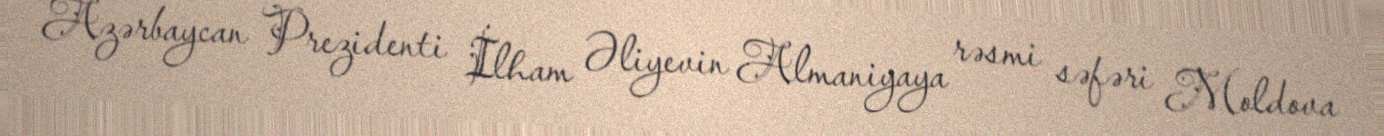
Azərbaycan Prezidenti İlham Əliyevin Almaniyaya rəsmi səfəri Moldova